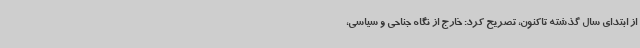
از ابتدای سال گذشته تاکنون، تصریح کرد: خارج از نگاه جناحی و سیاسی،